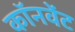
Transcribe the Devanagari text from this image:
कॉनवेंट